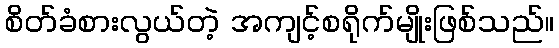
စိတ်ခံစားလွယ်တဲ့ အကျင့်စရိုက်မျိုးဖြစ်သည်။